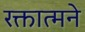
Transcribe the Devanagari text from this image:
रक्तात्मने